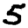
Digit: 5